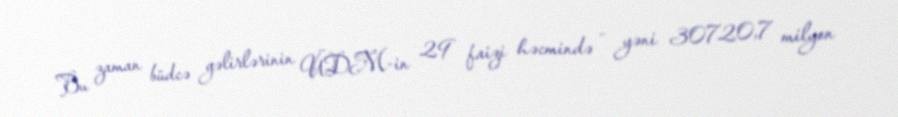
Bu zaman büdcə gəlirlərinin ÜDM-in 29 faizi həcmində - yəni 30720,7 milyon